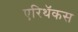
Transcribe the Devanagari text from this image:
एरिथॅकस